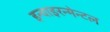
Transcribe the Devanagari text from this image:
इन्वाइरन्मेन्टल